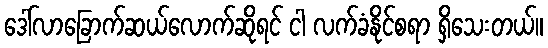
ဒေါ်လာခြောက်ဆယ်လောက်ဆိုရင် ငါ လက်ခံနိုင်စရာ ရှိသေးတယ်။